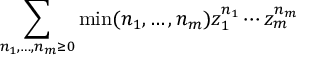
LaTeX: \sum _ { n _ { 1 } , \ldots , n _ { m } \geq 0 } \operatorname* { m i n } ( n _ { 1 } , \ldots , n _ { m } ) z _ { 1 } ^ { n _ { 1 } } \cdots z _ { m } ^ { n _ { m } }